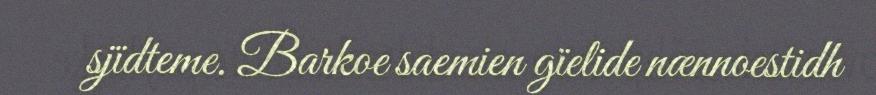
sjïdteme. Barkoe saemien gïelide nænnoestidh